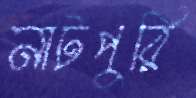
নাটপুরি